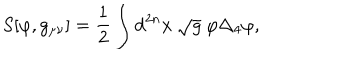
LaTeX: S [ \varphi , g _ { \mu \nu } ] = \frac { 1 } { 2 } \int \mathrm { d } ^ { 2 n } x ~ \sqrt { g } ~ \varphi \Delta _ { 4 } \varphi ,